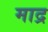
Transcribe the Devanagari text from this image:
माद्र